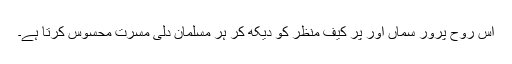
اس روح پرور سماں اور پر کیف منظر کو دیکھ کر ہر مسلمان دلی مسرت محسوس کرتا ہے۔